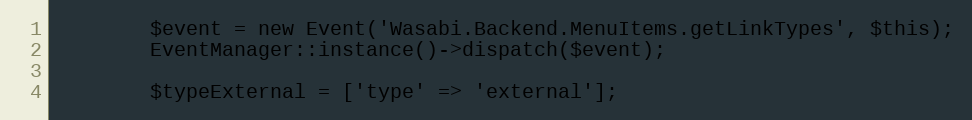
Language: PHP
        $event = new Event('Wasabi.Backend.MenuItems.getLinkTypes', $this);
        EventManager::instance()->dispatch($event);

        $typeExternal = ['type' => 'external'];